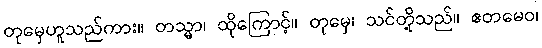
တုမှေဟူသည်ကား။ တသ္မာ၊ ထိုကြောင့်။ တုမှေ၊ သင်တို့သည်။ ဧတမေဝ၊